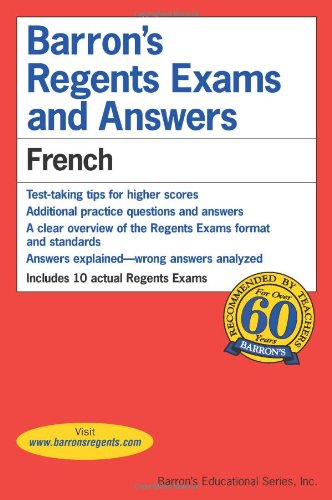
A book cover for Barron's Regents Exams and Answers: French; Christopher Kendris Ph.D.; Test Preparation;